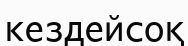
кездейсоқ